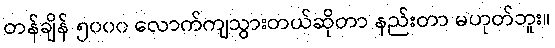
တန်ချိန် ၅၀၀၀ လောက်ကျသွားတယ်ဆိုတာ နည်းတာ မဟုတ်ဘူး။